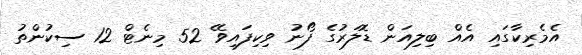
އެމެރިކާގައި އެއް ބިލިއަން ޑޮލަރުގެ ފޯނު ވިކިފައިވޭ 52 މިނެޓް 12 ސިކުންތު